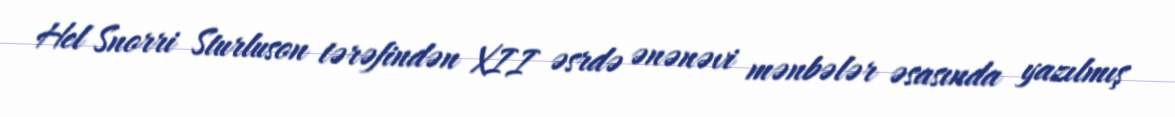
Hel Snorri Sturluson tərəfindən XII əsrdə ənənəvi mənbələr əsasında yazılmış